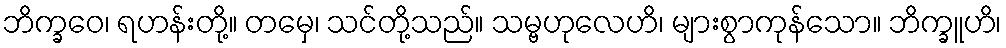
ဘိက္ခဝေ၊ ရဟန်းတို့။ တမှေ၊ သင်တို့သည်။ သမ္ဗဟုလေဟိ၊ များစွာကုန်သော။ ဘိက္ခူဟိ၊